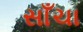
સાઁચા